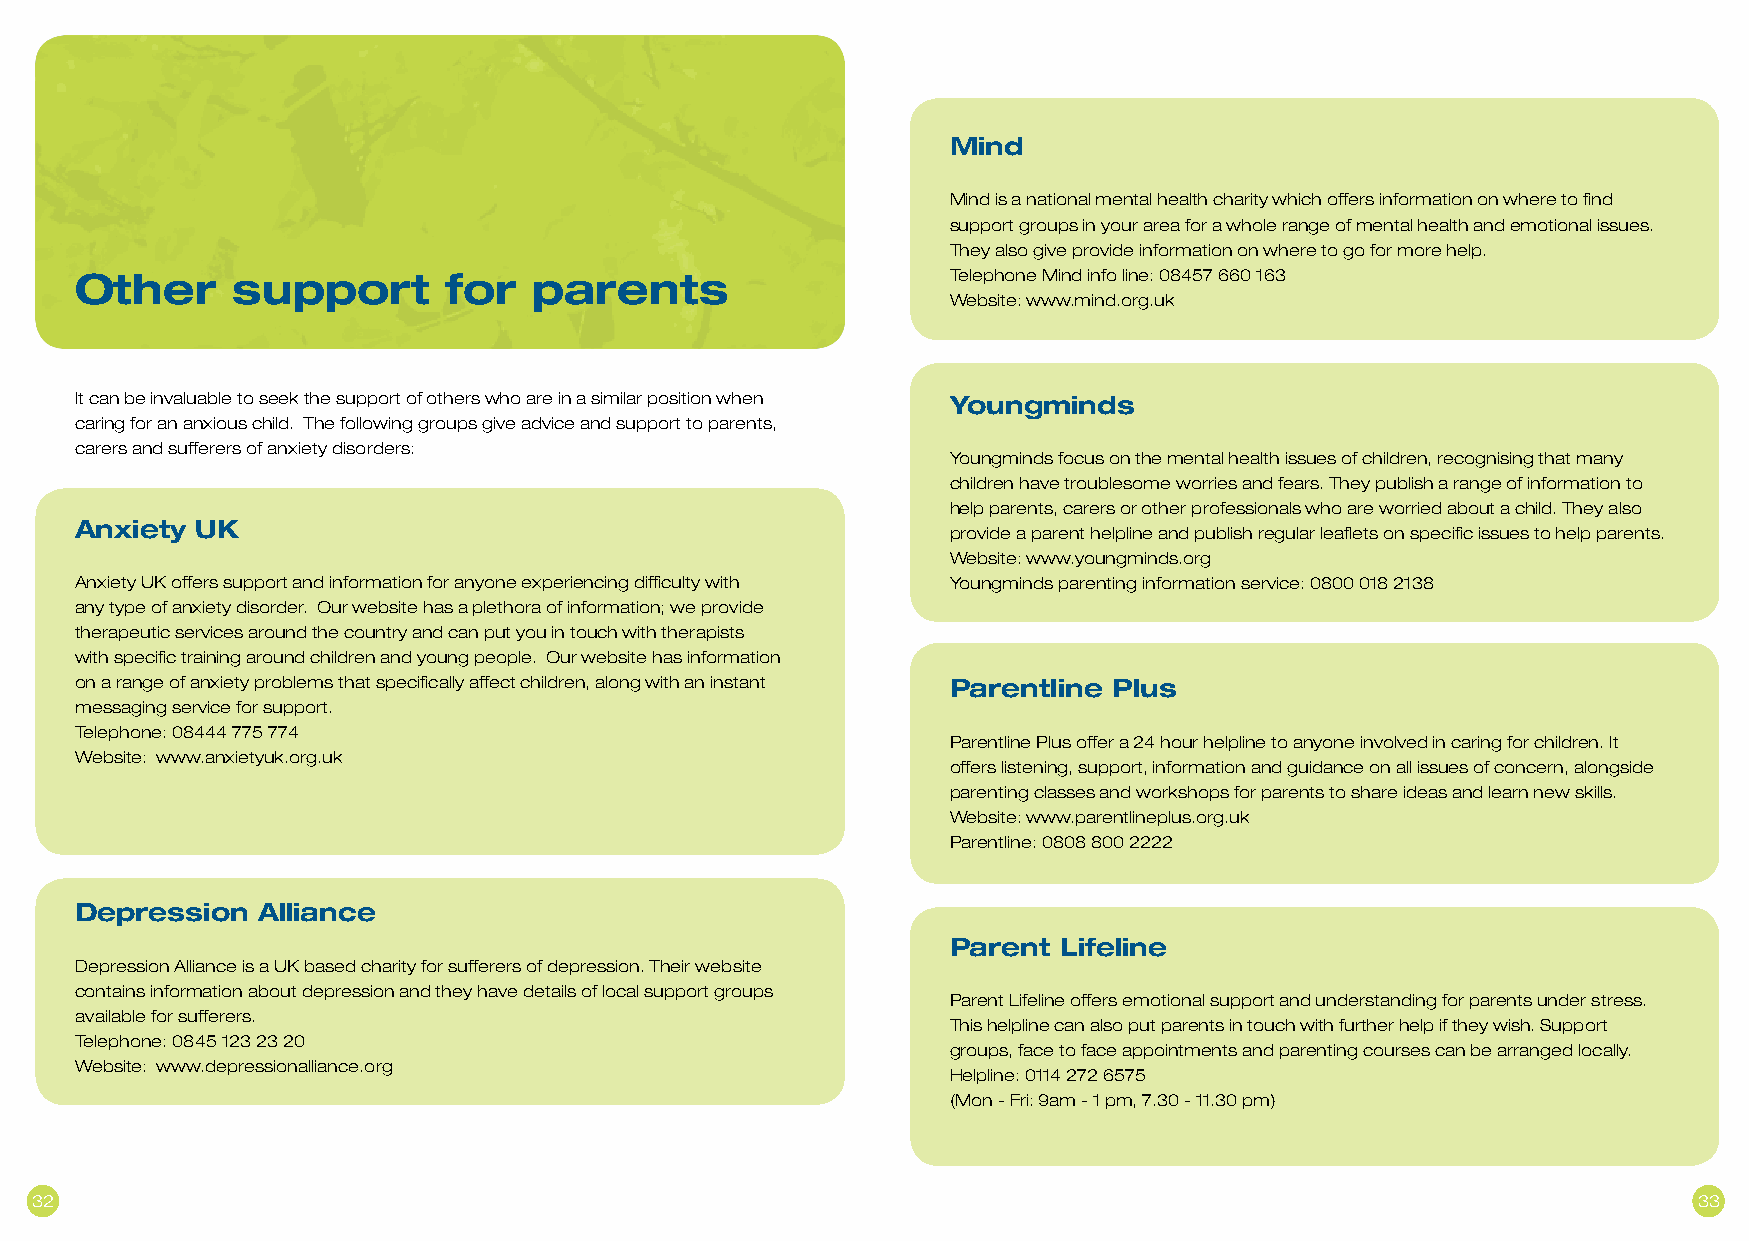
Mind
 Mind is a national mental health charity which offers information on where to find
 support groups in your area for a whole range of mental health and emotional issues.
 They also give provide information on where to go for more help.
 Other     support       for   parents                     Telephone Mind info line: 08457 660 163
 Website: www.mind.org.uk
 It can be invaluable to seek the support of others who are in a similar position when Youngminds
 caring for an anxious child. The following groups give advice and support to parents,
 carers and sufferers of anxiety disorders:
 Youngminds focus on the mental health issues of children, recognising that many
 children have troublesome worries and fears. They publish a range of information to
 help parents, carers or other professionals who are worried about a child. They also
 Anxiety UK
 provide a parent helpline and publish regular leaflets on specific issues to help parents.
 Website: www.youngminds.org
 Anxiety UK offers support and information for anyone experiencing difficulty with Youngminds parenting information service: 0800 018 2138
 any type of anxiety disorder. Our website has a plethora of information; we provide
 therapeutic services around the country and can put you in touch with therapists
 with specific training around children and young people. Our website has information
 on a range of anxiety problems that specifically affect children, along with an instant Parentline Plus
 messaging service for support.
 Telephone: 08444 775 774
 Parentline Plus offer a 24 hour helpline to anyone involved in caring for children. It
 Website: www.anxietyuk.org.uk
 offers listening, support, information and guidance on all issues of concern, alongside
 parenting classes and workshops for parents to share ideas and learn new skills.
 Website: www.parentlineplus.org.uk
 Parentline: 0808 800 2222
 Depression  Alliance
 Parent Lifeline
 Depression Alliance is a UK based charity for sufferers of depression. Their website
 contains information about depression and they have details of local support groups
 Parent Lifeline offers emotional support and understanding for parents under stress.
 available for sufferers.
 This helpline can also put parents in touch with further help if they wish. Support
 Telephone: 0845 123 23 20
 groups, face to face appointments and parenting courses can be arranged locally.
 Website: www.depressionalliance.org
 Helpline: 0114 272 6575
 (Mon - Fri: 9am - 1 pm, 7.30 - 11.30 pm)
 32                                                                                                            33